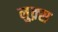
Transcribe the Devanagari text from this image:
नुक़्स